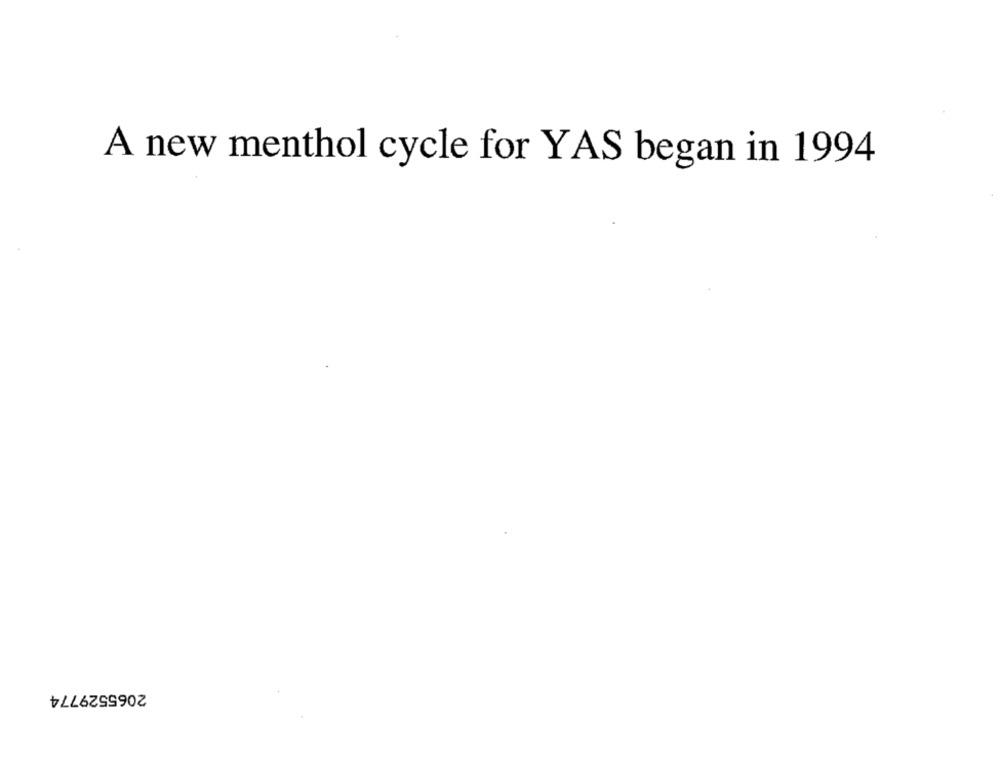
A new menthol cycle for YAS began in 1994
2065529774